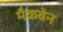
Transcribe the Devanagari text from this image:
मैकवेन